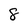
Character: 8